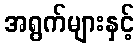
အရွက်များနှင့်